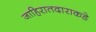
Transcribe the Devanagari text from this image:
जाहिरातदाराकडे